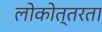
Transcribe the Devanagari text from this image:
लोकोत्तरता